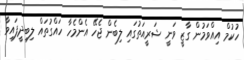
ހުކުމް އިއްވަމުން ގާޒީ ވަނީ ޝަރީއަތުގައި ލިބެން ޖެހޭ އެންމެހާ ހައްގުތައް ލިބިދީފައިވާ